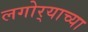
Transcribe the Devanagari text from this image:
लगोर्‍याच्या